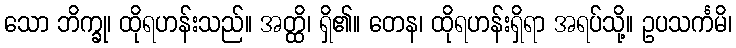
သော ဘိက္ခု၊ ထိုရဟန်းသည်။ အတ္ထိ၊ ရှိ၏။ တေန၊ ထိုရဟန်းရှိရာ အရပ်သို့။ ဥပသင်္ကမိ၊